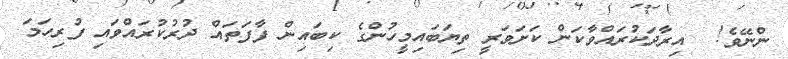
ންނޭވެ!  އިރާދަކުރައްވާކަން ކަށަވަރީ ތިޔަބައިމީހުންގެ ކިބައިން ފާފަތައް ދުރުކުރައްވައި ފުރިހަމަ